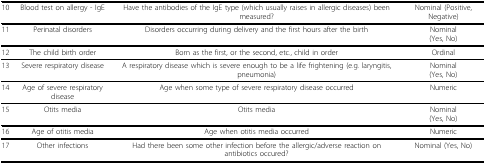
<table><thead><tr><td><b>10</b></td><td><b>Blood test on allergy - IgE</b></td><td><b>Have the antibodies of the IgE type (which usually raise in allergicdiseases) been measured?</b></td><td><b>Nominal (Positive, Negative)</b></td></tr></thead><tbody><tr><td>11</td><td>Perinatal disorders</td><td>Disorders occurring during delivery and the first hours after the birth</td><td>Nominal(Yes, No)</td></tr><tr><td>12</td><td>The child birth order</td><td>Born as the first, or the second, etc., child in order</td><td>Ordinal</td></tr><tr><td>13</td><td>Severe respiratory disease</td><td>A respiratory disease which is severe enough to be a life frightening (e.g.laryngitis, pneumonia)</td><td>Nominal(Yes, No)</td></tr><tr><td>14</td><td>Age of severe respiratory disease</td><td>Age when some type of severe respiratory disease occurred</td><td>Numeric</td></tr><tr><td>15</td><td>Otits media</td><td>Otits media</td><td>Nominal(Yes, No)</td></tr><tr><td>16</td><td>Age of otitis media</td><td>Age when otitis media occurred</td><td>Numeric</td></tr><tr><td>17</td><td>Other infections</td><td>Had there been some other infection before the allergic/adverse reaction onantibiotics occured?</td><td>Nominal (Yes, No)</td></tr></tbody></table>